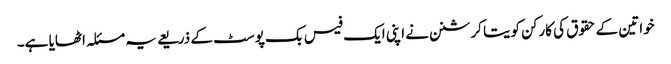
خواتین کے حقوق کی کارکن کویتا کرشنن نے اپنی ایک فیس بک پوسٹ کے ذریعے یہ مسئلہ اٹھایا ہے۔